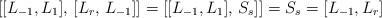
LaTeX: \begin{align*}[[L_{-1}, L_1], \, [L_{r}, \, L_{-1}]] = [[L_{-1}, L_1], \, S_s]] = S_s =[L_{-1}, L_r] \end{align*}